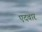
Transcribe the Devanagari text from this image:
एदवार